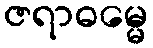
ဇရာဓမ္မေ